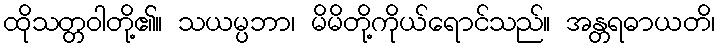
ထိုသတ္တဝါတို့၏။ သယမ္ပဘာ၊ မိမိတို့ကိုယ်ရောင်သည်။ အန္တရဓာယတိ၊